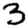
Digit: 3